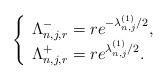
LaTeX: \begin{align*}\left \{\begin{array}{l}\Lambda_{n,j,r}^{-}=re^{-\lambda_{n,j}^{(1)}/2}, \\ \Lambda_{n,j,r}^{+}=re^{\lambda_{n,j}^{(1)}/2}.\end{array}\right.\end{align*}